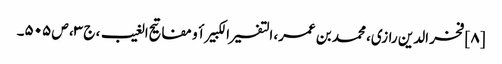
[۸] فخر الدین رازی، محمد بن عمر، التفسیر الکبیر أو مفاتیح الغیب، ج ۳، ص ۵۰۵۔